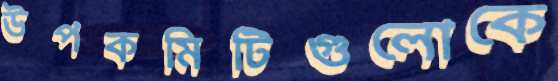
উপকমিটিগুলোকে